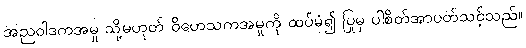
အညဝါဒကအမှု သို့မဟုတ် ဝိဟေသကအမှုကို ထပ်မံ၍ ပြုမှ ပါစိတ်အာပတ်သင့်သည်။